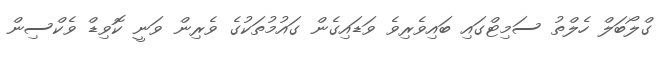
ގްލޯބަލް ހެލްތު ސަމިޓްގައި ބައިވެރިވެ ވަޑައިގެން ގައުމުތަކުގެ ވެރިން ވަނީ ކޮވިޑް ވެކްސިން